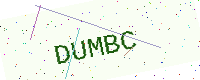
Text: DUMBC